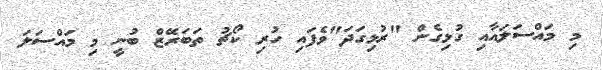
މި މައްސަލައާއި ގުޅިގެން "ރުޅިގަދަ"ވެފައި ހުރި ކޯޗު ތަބަރޭޒް ބުނީ މި މައްސަލަ